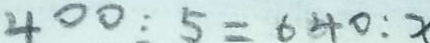
4 0 0 : 5 = 6 4 0 : x